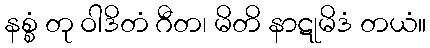
နစ္စံ တု ဝါဒိတံ ဂီတ၊ မိတိ နာဋုမိဒံ တယံ။